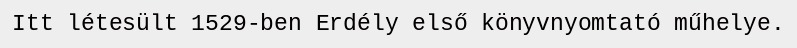
Itt létesült 1529-ben Erdély első könyvnyomtató műhelye.